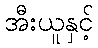
အီးယူနှင့်